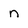
Character: n